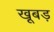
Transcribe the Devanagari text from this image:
खूबड़